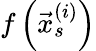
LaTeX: f\left(\vec{x}_{s}^{(i)}\right)